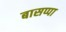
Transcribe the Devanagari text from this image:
बासप्पा